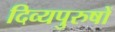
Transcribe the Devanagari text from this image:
दिव्यपुरुषों